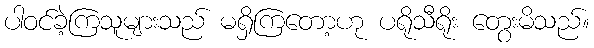
ပါဝင်ခဲ့ကြသူများသည် မရှိကြတော့ဟု ပရိုသီရိုး တွေးမိသည်။